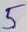
Text: 5